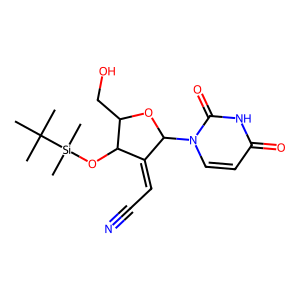
SMILES: CC(C)(C)[Si](C)(C)OC1C(=CC#N)C(n2ccc(=O)[nH]c2=O)OC1CO
Inhibits HIV replication: No